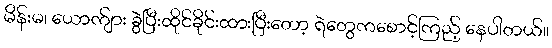
မိန်းမ၊ ယောက်ျား ခွဲပြီးထိုင်ခိုင်းထားပြီးတော့ ရဲတွေကစောင့်ကြည့် နေပါတယ်။